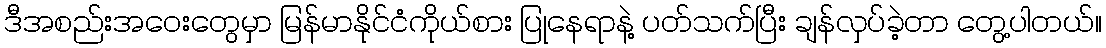
ဒီအစည်းအဝေးတွေမှာ မြန်မာနိုင်ငံကိုယ်စား ပြုနေရာနဲ့ ပတ်သက်ပြီး ချန်လှပ်ခဲ့တာ တွေ့ပါတယ်။